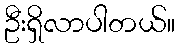
ဦးရှိလာပါတယ်။